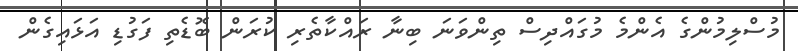
މުސްލިމުންގެ އެންމެ މުގައްދިސް ތިންވަނަ ބިނާ ރައްކާތެރި ކުރަން ބޮޑެތި ފަގުޑި އަޅައިގެން